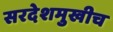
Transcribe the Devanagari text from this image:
सरदेशमुखीच